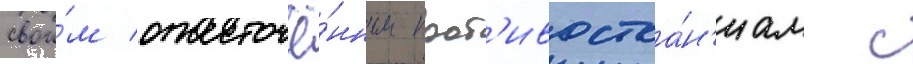
свои́м ожесточё́нным прот'ивостоа́н'иам с